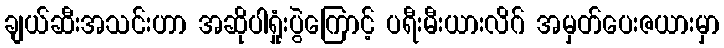
ချယ်ဆီးအသင်းဟာ အဆိုပါရှုံးပွဲကြောင့် ပရီးမီးယားလိဂ် အမှတ်ပေးဇယားမှာ